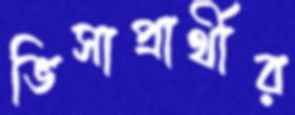
ভিসাপ্রার্থীর